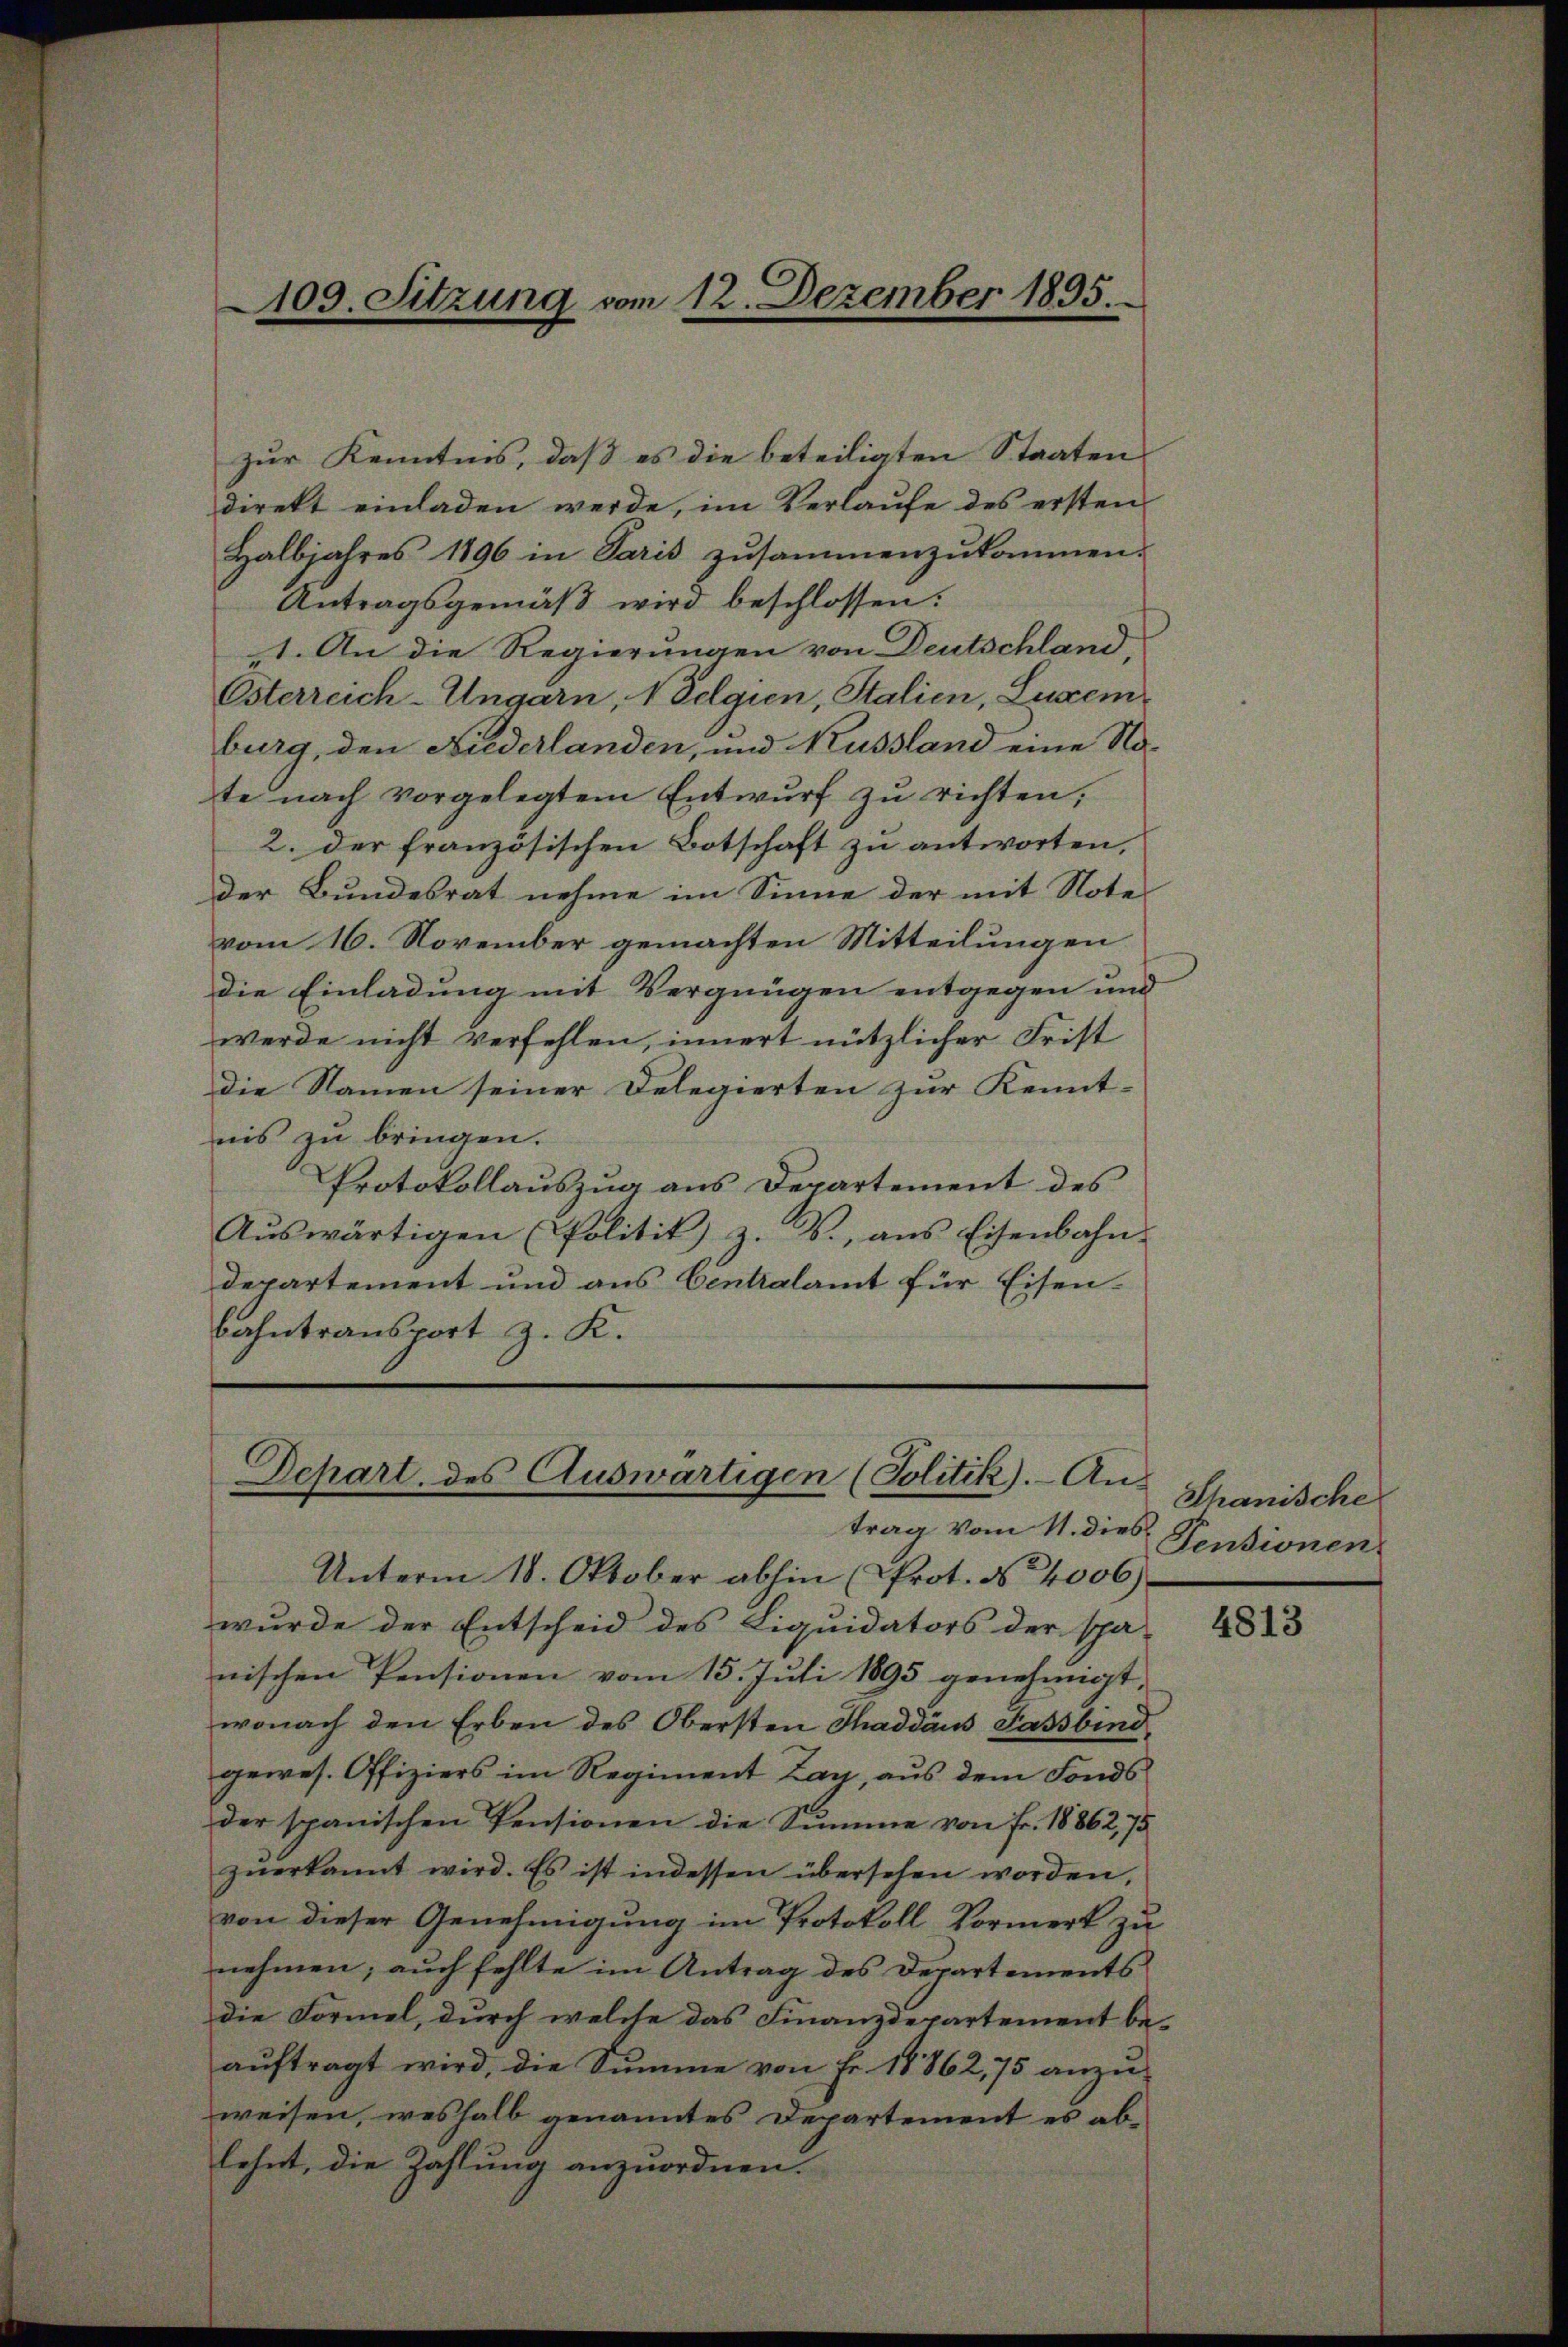
109. Sitzung vom 12. Dezember 1895.

Halbjahres 1896 in Paris zusammenzukommen.
Antragsgemäß wird beschlossen:
1. An die Regierungen von Deutschland,
Österreich-Ungarn, 1 Selgien, Stalien, Lexem
burg, den Niederlanden, und Mussland eine No-
te nach vorgelegtem Entwurf zu richten,
2. der französischen Botschaft zu antworten,
der Bundesrat nehme im Sinne der mit Note
vom 16. November gemachten Mitteilungen
die Einladung mit Vergnügen entgegen und
werde nicht verfehlen, innert nützlicher Frist
die Namen seiner Delegierten zur Kennt-
nis zu bringen.
Protokollauszug aus Departement des
Aŭswärtigen (Politik z. B., ans Eisenbahn-
departement und aus Centralamt für Eisen-
bahntransport z. K.

Depart. des Auswärtigen (Politik. - Antrag vom 11. dies

zur Kenntnis, daß es die beteiligten Staaten
direkt einladen werde, im Verlaufe des ersten

Unterm 18. Oktober abhin (Prot. No 4006)
wurde der Entscheid des Liquidators der spä-
nischen Pensionen vom 15. Jŭli 1895 genehmigt,
wonach den Erben des Obersten Thaddäus Sassbind
gewes. Offiziers im Regiment Zay, aus dem Fonds
der spanischen Pensionen die Summe von Fr. 18862, 75
zŭerkannt wird. Es ist indessen übersehen worden,
von dieser Genehmigung im Protokoll Vormerk zu
nehmen; auch fehlte im Antrag des Departements
die Formel, durch welche das Finanzdepartement be-
aŭftragt wird, die Summe von Fr. 18862, 75 anzu-
weisen, weshalb genanntes Departement es ablehnt, die Zahlung anzuordnen.

Thanische
Pensionen

4813